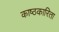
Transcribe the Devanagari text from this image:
काष्ठकारिता